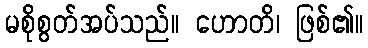
မစိုစွတ်အပ်သည်။ ဟောတိ၊ ဖြစ်၏။